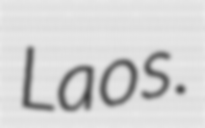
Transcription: Laos.